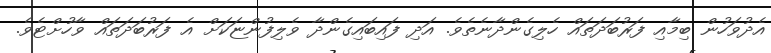
އެދުވަހުން ބިމާއި ފަރުބަދަތައް ހެލިގެންދާނެތެވެ. އަދި ފައިބައިގެންދާ ވެލިފުންޏަކަށް އެ ފަރުބަދަތައް ވާހުށްޓެވެ.